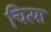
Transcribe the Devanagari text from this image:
चित्या